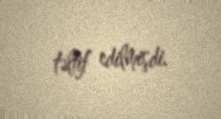
təltif edilmişdi.